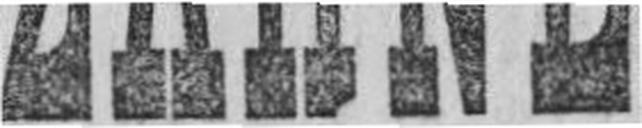
ZÄHNE